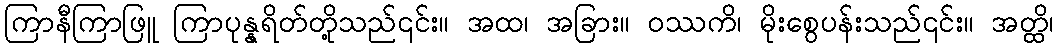
ကြာနီကြာဖြူ ကြာပုန္နရိတ်တို့သည်၎င်း။ အထ၊ အခြား။ ဝဿကိ၊ မိုးစွေပန်းသည်၎င်း။ အတ္ထိ၊